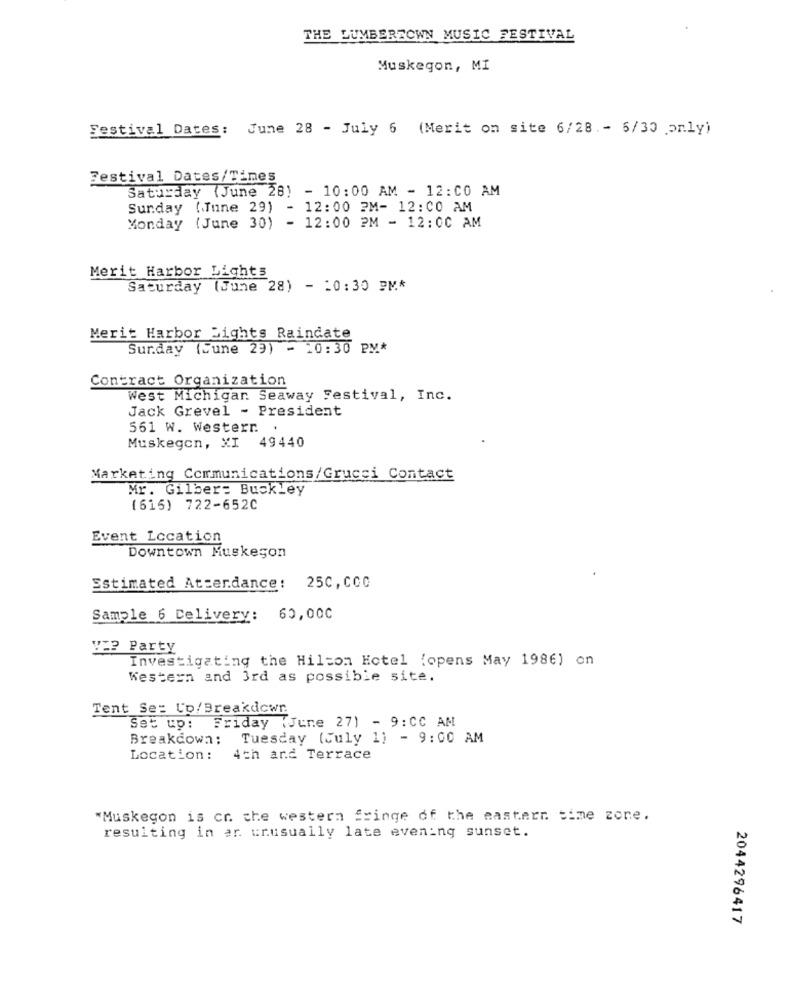
THE LUMBERSOWN MUSIC FESTIVAL
Muskegon, MI
Festival Dates: June 28 - July 6 (Merit on site 6/28 .- 6/30 only)
Festival Dates/Times
Saturday (June 28) - 10:00 AM - 12:00 AM
Sunday (Tune 29) - 12:00 PM- 12:00 AM
Monday (June 30) - 12:00 PM - 12:00 AM
Merit Harbor Lights
Saturday (June 28) - 10:30 PM*
Merit Harbor Sights Raindate
Sunday (June 29) - 10:30 PM*
Contract Organization
West Michigar. Seaway Festival, Inc.
Jack Grevel - President
561 W. Western
.
Muskegon, XI 49440
Marketing Communications/Grucci Contact
Mr. Gilber: Buckley
(615) 722-652C
Event Location
Downtown Muskegon
Estimated Attendance: 25C, CCC
Sample 6 Delivery: 60,000
V2? Party
Investigating the Hilton Hotel (opens May 1986) on
Western and 3rd as possible site.
Tent Se: Co/Breakdowr.
Set up: Friday (June 27) - 9:CC AM
Breakdown: Tuesday (July 1) - 9:00 AM
Location :
4th and Terrace
"Muskegon is cr. the western fringe of the eastern time zone.
resulting in ar urusually late evening sunset.
2044296417